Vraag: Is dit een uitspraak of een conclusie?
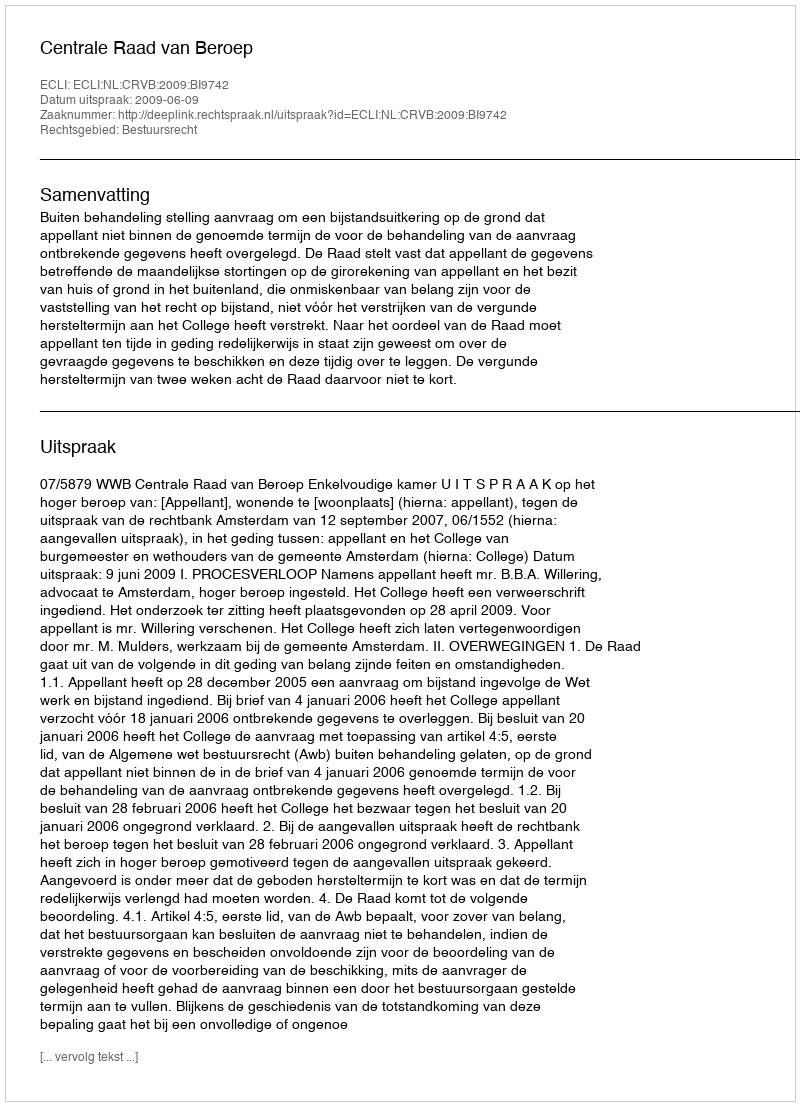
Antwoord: Uitspraak